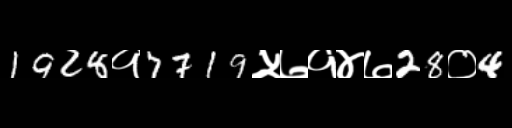
Text: 1928१7719५७१४७28०4